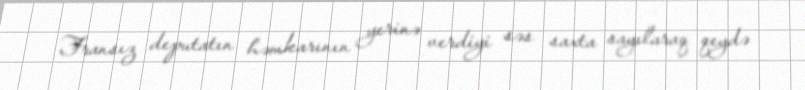
Fransız deputatın həmkarının yerinə verdiyi səs saxta sayılaraq qeydə